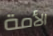
الأمة